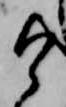
け